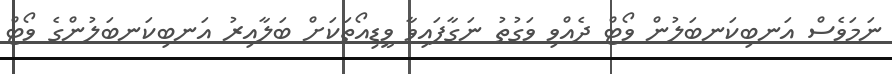
ނަމަވެސް އަނބިކަނބަލުން ވޯޓް ދެއްވި ވަގުތު ނަގާފައިވާ ވީޑިއޯތަކަށް ބަލާއިރު އަނބިކަނބަލުންގެ ވޯޓް